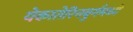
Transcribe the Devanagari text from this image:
येकातेरिनबुर्गमध्ये